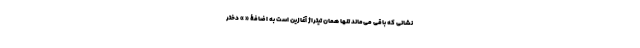
نشانی که باقی می‌ماند تنها همان تیتراژ آغازین است به اضافۀ « » دختر